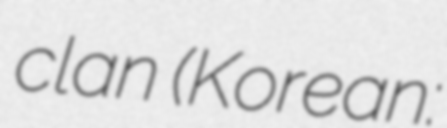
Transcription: clan (Korean: